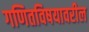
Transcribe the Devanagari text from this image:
गणितविषयावरील